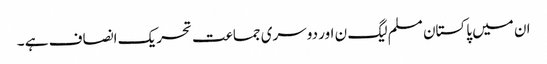
ان میں پاکستان مسلم لیگ ن اور دوسری جماعت تحریک انصاف ہے ۔